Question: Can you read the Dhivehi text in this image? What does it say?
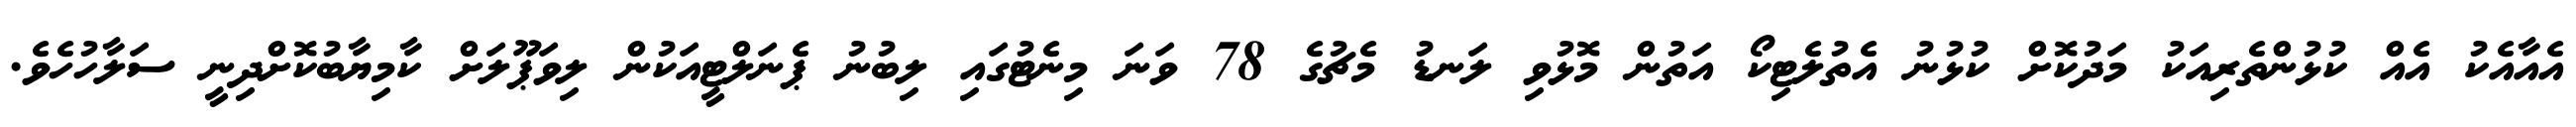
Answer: އެއާއެކު އެއް ކުޅުންތެރިއަކު މަދުކޮށް ކުޅުނު އެތުލެޓިކޯ އަތުން މޮޅުވި ލަނޑު މެޗުގެ 78 ވަނަ މިނެޓުގައި ލިބުނު ޕެނަލްޓީއަކުން ލިވަޕޫލަށް ކާމިޔާބުކޮށްދިނީ ސަލާހުހެވެ.